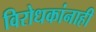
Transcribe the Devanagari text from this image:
विरोधकांनाही